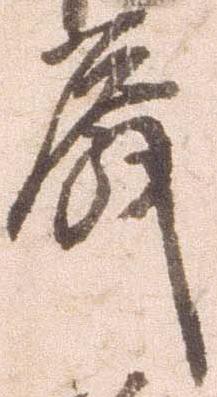
殿